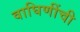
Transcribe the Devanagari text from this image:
वाघिणींची